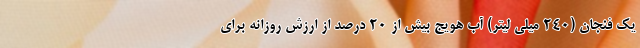
یک فنجان (240 میلی لیتر) آب هویج بیش از 20 درصد از ارزش روزانه برای